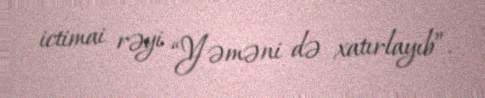
ictimai rəyi “Yəməni də xatırlayıb”.